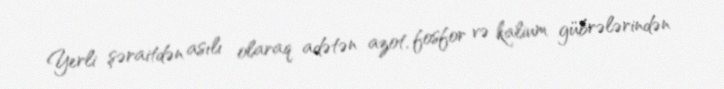
Yerli şəraitdən asılı olaraq adətən azot, fosfor və kalium gübrələrindən